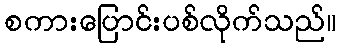
စကားပြောင်းပစ်လိုက်သည်။